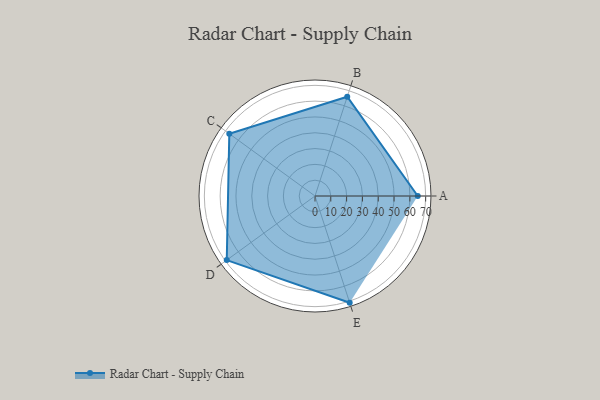
{"axis": {"x": "Skill", "y": "Score"}, "legend": ["Profile"], "data": [{"x": "A", "y": 65.0, "type": "Profile"}, {"x": "B", "y": 66.0, "type": "Profile"}, {"x": "C", "y": 67.0, "type": "Profile"}, {"x": "D", "y": 69.0, "type": "Profile"}, {"x": "E", "y": 71.0, "type": "Profile"}]}